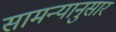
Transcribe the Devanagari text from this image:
सामन्यानुसार